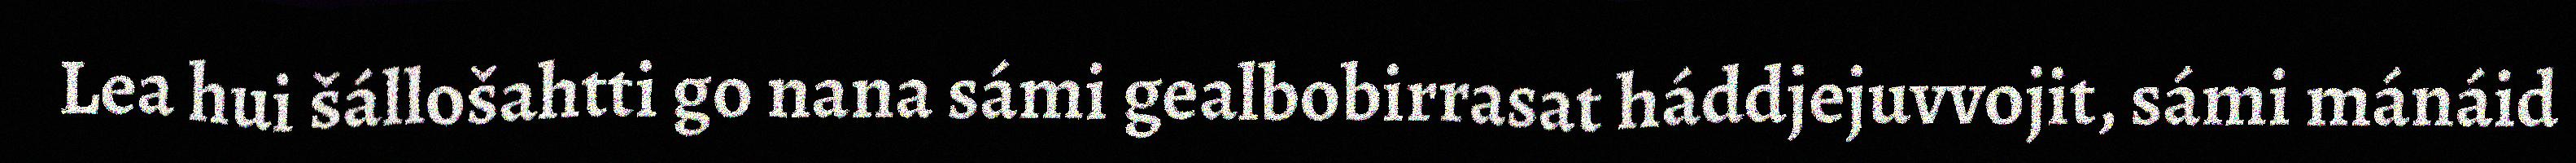
Lea hui šállošahtti go nana sámi gealbobirrasat háddjejuvvojit, sámi mánáid